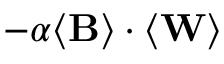
- \alpha \langle \mathbf { B } \rangle \cdot \langle \mathbf { W } \rangle